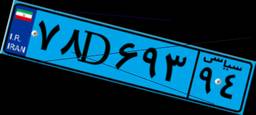
۷۸D۶۹۳۹۴